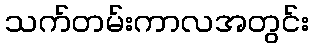
သက်တမ်းကာလအတွင်း